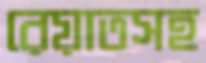
রেয়াতসহ